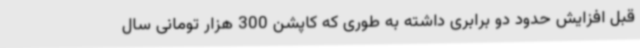
قبل افزایش حدود دو برابری داشته به طوری که کاپشن 300 هزار تومانی سال